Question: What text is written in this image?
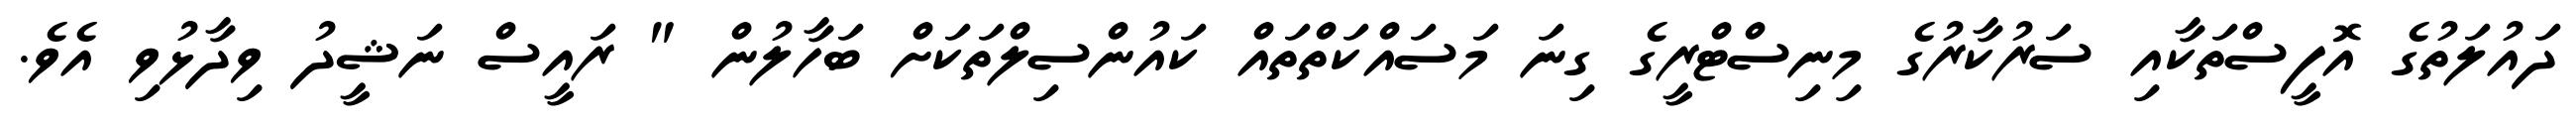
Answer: ދައުލަތުގެ އޮފީސްތަކާއި ސަރުކާރުގެ މިނިސްޓްރީގެ ގިނަ މަސައްކަތްތައް ކައުންސިލްތަކަށް ބަހާލުން " ރައީސް ނަޝީދު ވިދާޅުވި އެވެ.